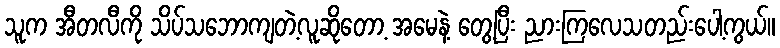
သူက အီတလီကို သိပ်သဘောကျတဲ့လူဆိုတော့ အမေနဲ့ တွေ့ပြီး ညားကြလေသတည်းပေါ့ကွယ်။